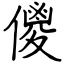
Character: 儍